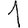
Digit: 1